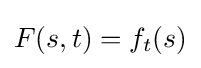
F(s,t)=f_{t}(s)